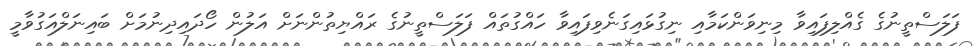
ފަލަސްތީނުގެ ގެއްލިފައިވާ މިނިވަންކަމާއި ނިގުޅައިގަނެވިފައިވާ ހައްގުތައް ފަލަސްތީނުގެ ރައްޔިތުންނަށް އަލުން ހޯދައިދިނުމަށް ބައިނަލްއަގުވާމީ